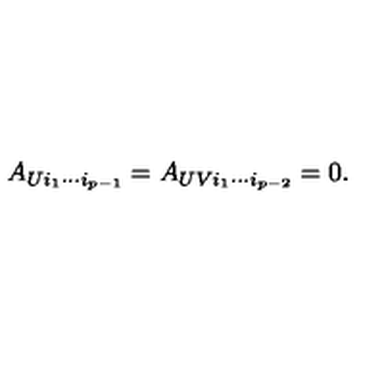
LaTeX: A _ { U i _ { 1 } \cdots i _ { p - 1 } } = A _ { U V i _ { 1 } \cdots i _ { p - 2 } } = 0 .